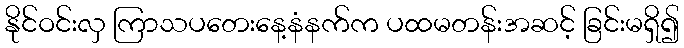
နိုင်ဝင်းလှ ကြာသပတေးနေ့နံနက်က ပထမတန်းအဆင့် ခြင်းမရှိ၍